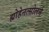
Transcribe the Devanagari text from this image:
ह्योहेनत्सोलर्न